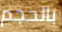
بالحجم